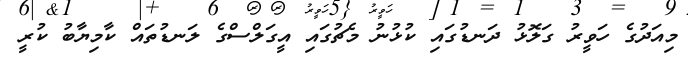
މިއަދުގެ ހަވީރު ގަލޮޅު ދަނޑުގައި ކުޅުނު މެޗުގައި އީގަލްސްގެ ލަނޑުތައް ކާމިޔާބު ކުރީ